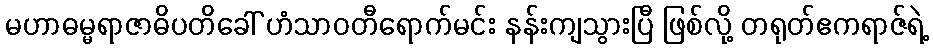
မဟာဓမ္မရာဇာဓိပတိခေါ် ဟံသာဝတီရောက်မင်း နန်းကျသွားပြီ ဖြစ်လို့ တရုတ်ဧကရာဇ်ရဲ့